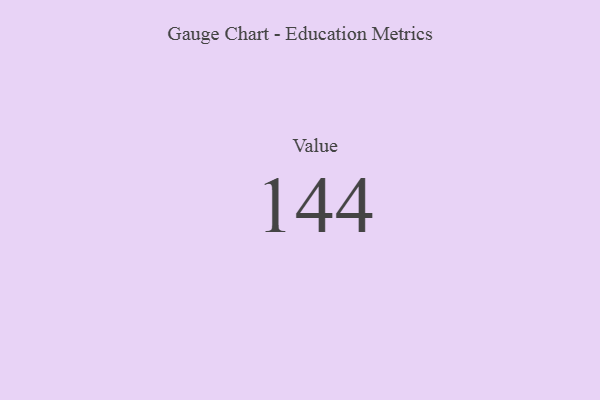
{"axis": {"x": "Metric", "y": "Value"}, "legend": [""], "data": [{"x": "Value", "y": 144, "type": ""}]}